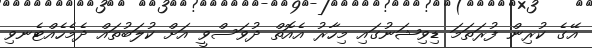
އޭގެ ކުރިން ފުރަތަމަ ޑިވިޝަނުގައި މިހާރު އެއޮތް ދުވަސްވީ އަށް ކުލަބުތައް ދެމެހެއްޓެނވި